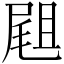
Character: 𡲤